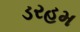
ડરહમ